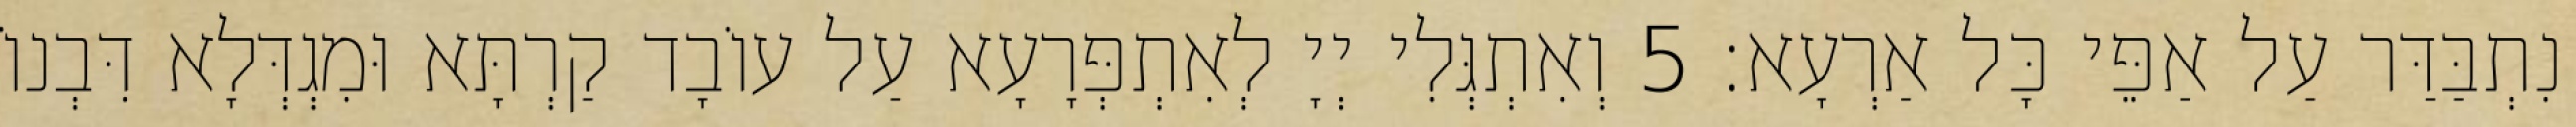
נִתְבַּדַּר עַל אַפֵּי כָּל אַרְעָא׃ 5 וְאִתְגְּלִי יְיָ לְאִתְפְּרָעָא עַל עוֹבָד קַרְתָּא וּמִגְדְּלָא דִּבְנוֹ